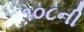
૧૦૮ની